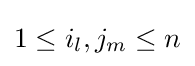
1\leq i_{l},j_{m}\leq n